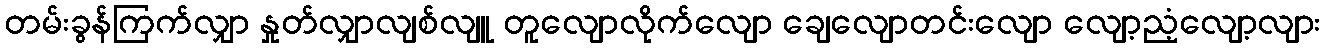
တမ်းခွန်ကြက်လျှာ နှုတ်လျှာလျစ်လျူ တူလျောလိုက်လျော ချေလျောတင်းလျော လျော့ညံ့လျော့လျား